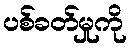
ပစ်ခတ်မှုကို